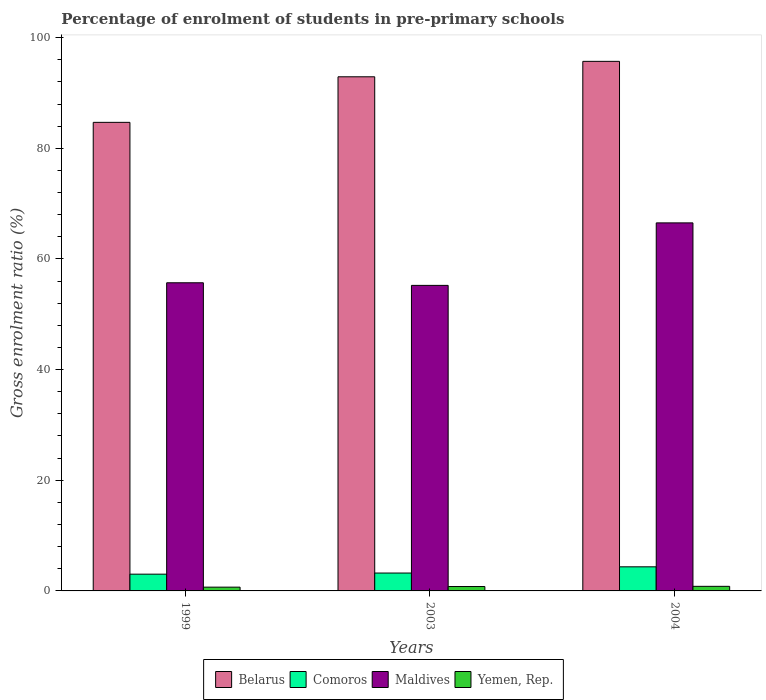
| Years | Belarus | Comoros | Maldives | Yemen, Rep. |
 | --- | --- | --- | --- | --- |
 | 1999 | 84.7 | 3.03 | 55.7 | 0.681 |
 | 2003 | 92.9 | 3.23 | 55.2 | 0.796 |
 | 2004 | 95.7 | 4.36 | 66.5 | 0.827 |